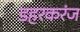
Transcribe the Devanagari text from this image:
डहरकरंज